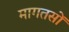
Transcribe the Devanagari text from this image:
मागतसों